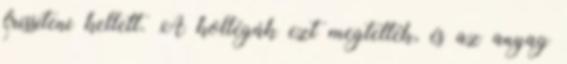
frissíteni kellett. A kollégák ezt megtették, és az anyag